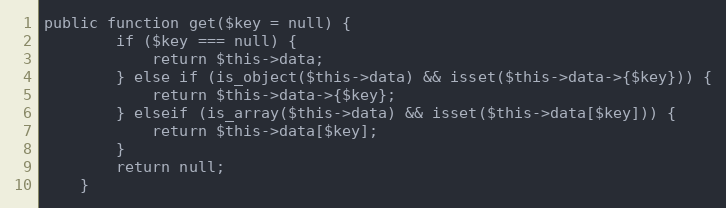
Language: PHP
public function get($key = null) {
		if ($key === null) {
			return $this->data;
		} else if (is_object($this->data) && isset($this->data->{$key})) {
			return $this->data->{$key};
		} elseif (is_array($this->data) && isset($this->data[$key])) {
			return $this->data[$key];
		}
		return null;
	}